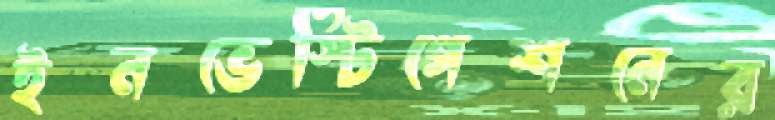
ইনভেস্টিগেশনের